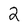
Character: 2